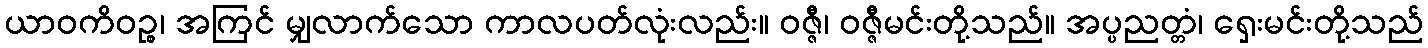
ယာဝကိဝဉ္စ၊ အကြင် မျှလာက်သော ကာလပတ်လုံးလည်း။ ဝဇ္ဇီ၊ ဝဇ္ဇီမင်းတို့သည်။ အပ္ပညတ္တံ၊ ရှေးမင်းတို့သည်